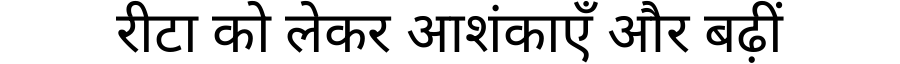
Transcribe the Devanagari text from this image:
रीटा को लेकर आशंकाएँ और बढ़ीं